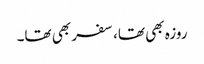
روزہ بھی تھا، سفر بھی تھا۔